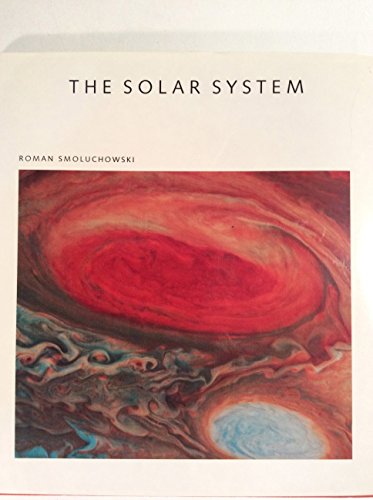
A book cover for The Solar System - The Sun Planets And Life (Scientific American Library Series); Roman Smoluchowski; Science & Math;